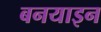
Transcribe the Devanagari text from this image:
बनयाइन